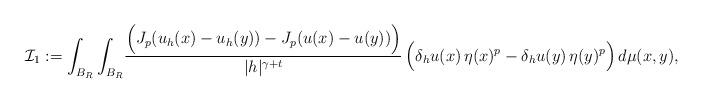
LaTeX: \begin{align*}\mathcal{I}_1:=\int_{B_R}\int_{B_R}& \frac{\Big(J_p(u_h(x)-u_h(y))-J_p(u(x)-u(y))\Big)}{|h|^{\gamma+t}}\,\Big(\delta_h u(x)\,\eta(x)^p-\delta_h u(y)\,\eta(y)^p\Big)\,d\mu(x,y),\end{align*}